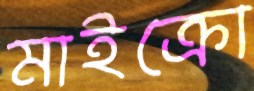
মাইক্রো